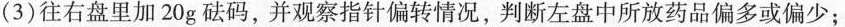
(3)往右盘里加20g砝码，并观察指针偏转情况，判断左盘中所放药品偏多或偏少；